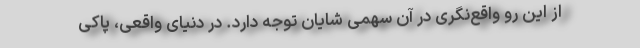
از این رو واقع‌نگری در آن سهمی شایان توجه دارد. در دنیای واقعی، پاکی